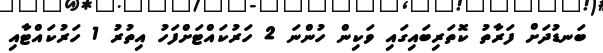
ބަނޑުދަށް ފަރާތު ކޮތަރިބައިގައި ވަކިން ހުންނަ 2 ހަރުކައްޓަށްފަހު އިތުރު 1 ހަރުކައްޓާއި